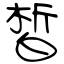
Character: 皙